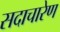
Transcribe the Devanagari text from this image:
सदाचारेण